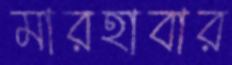
মারহাবার